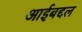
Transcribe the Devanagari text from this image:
आईबद्दल